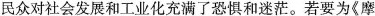
民众对社会发展和工业化充满了恐惧和迷茫。若要为《摩